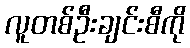
လူတစ်ဦးချင်းစီကို